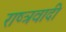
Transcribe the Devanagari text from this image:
राष्त्रवादी